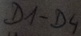
Text: D1-D4